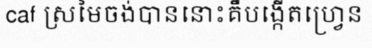
caf ស្រមៃចង់បាននោះគឹបង្កើតហ្វ្រេន